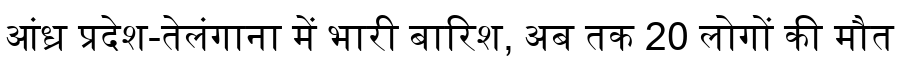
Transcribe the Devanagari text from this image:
आंध्र प्रदेश-तेलंगाना में भारी बारिश, अब तक 20 लोगों की मौत